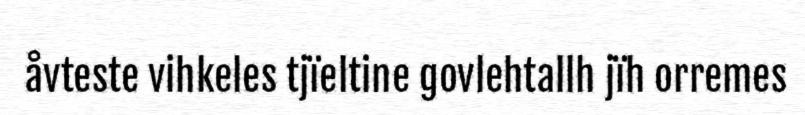
åvteste vihkeles tjïeltine govlehtallh jïh orremes